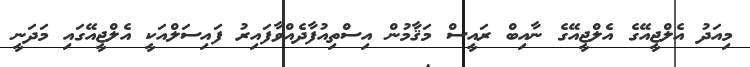
މިއަދު އެލްޖީއޭގެ އެލްޖީއޭގެ ނާއިބް ރައީސް މަޤާމުން އިސްތިއުފާދެއްވާފައިރު ފައިސަލްއަކީ އެލްޖީއޭގައި މަދަނީ